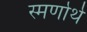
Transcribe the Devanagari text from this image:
स्मर्णार्थ